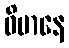
ဝိမာနေ